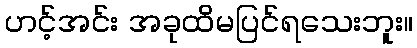
ဟင့်အင်း အခုထိမပြင်ရသေးဘူး။